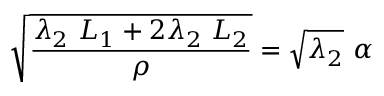
\sqrt { \frac { \lambda _ { 2 } ~ L _ { 1 } + 2 \lambda _ { 2 } ~ L _ { 2 } } { \rho } } = \sqrt { \lambda _ { 2 } } ~ \alpha